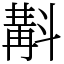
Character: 斠